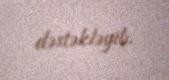
dəstəkləyib.